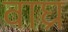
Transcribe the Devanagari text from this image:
वाघ्र